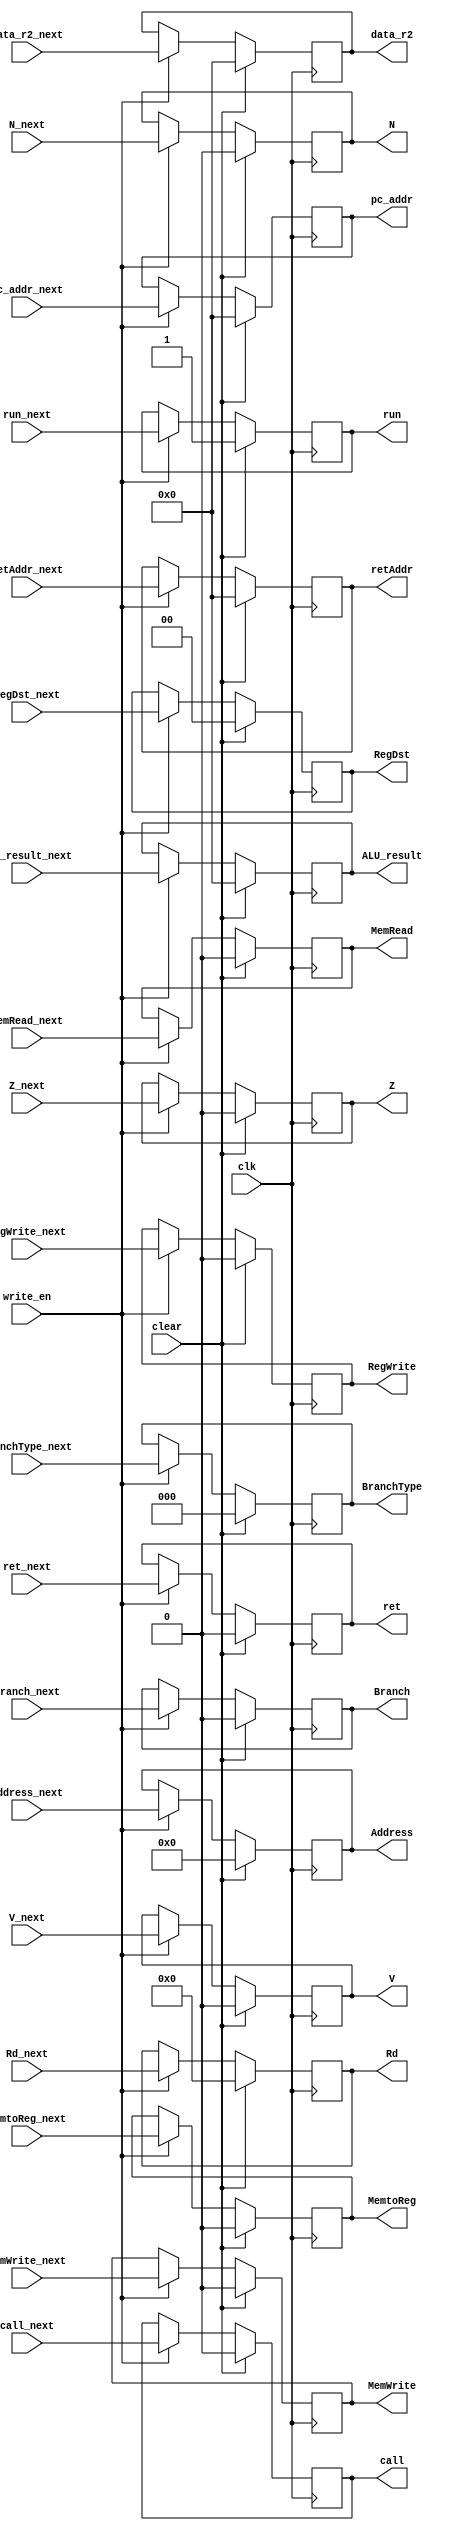
/*
* EX/MEM Register
*/

module ex_mem_register(clk, write_en, clear, RegDst_next, MemRead_next, MemWrite_next, MemtoReg_next, RegWrite_next, Branch_next, BranchType_next, run_next, call_next, ret_next, Rd_next, Address_next, retAddr_next, pc_addr_next, V_next, Z_next, N_next, ALU_result_next, data_r2_next, RegDst, MemRead, MemWrite, MemtoReg, RegWrite, Branch, BranchType, Address,retAddr, pc_addr, V, N, Z, Rd, run, call, ret, ALU_result, data_r2);
    input clk, write_en, clear;
    // Control signals
    // For MEM phase
    input MemWrite_next, MemRead_next;
    output reg MemWrite, MemRead;
    // For address calculation (in MEM phase)
    input Branch_next, call_next, ret_next;
    output reg Branch, call, ret;
    input[2:0] BranchType_next;
    output reg[2:0] BranchType;
    input[11:0] Address_next;
    output reg[11:0] Address;
    input[15:0] retAddr_next, pc_addr_next;
    output reg[15:0] retAddr, pc_addr;
    input V_next, Z_next, N_next;
    output reg V,Z,N;
    // For WB phase
    input[1:0] RegDst_next;
    input MemtoReg_next, RegWrite_next, run_next;
    output reg[1:0] RegDst;
    output reg MemtoReg, RegWrite, run;

    // Data
    input[3:0] Rd_next;
    output reg[3:0] Rd;
    input[15:0] ALU_result_next, data_r2_next/*the Rt of SW*/;
    output reg[15:0] ALU_result, data_r2;
    

    always @(posedge clk) begin
        if (clear) begin
            MemWrite <= 0;
            MemRead <= 0;
       
            Branch <= 0;
            BranchType <= 0;
            call <= 0;
            ret <= 0;
            Address <= 0;
            retAddr <= 0;
            pc_addr <= 0;
            V <= 0;
            Z <= 0;
            N <= 0;
        
            MemtoReg <= 0;
            RegWrite <= 0;
            run <= 1;
            RegDst <= 0;

            Rd <= 0;
            ALU_result <= 0;
            data_r2 <= 0;
        end      
        else if (write_en) begin
            MemWrite <= MemWrite_next;
            MemRead <= MemRead_next;
       
            Branch <= Branch_next;
            BranchType <= BranchType_next;
            call <= call_next;
            ret <= ret_next;
            Address <= Address_next;
            retAddr <= retAddr_next;
            pc_addr <= pc_addr_next;
            V <= V_next;
            Z <= Z_next;
            N <= N_next;
        
            MemtoReg <= MemtoReg_next;
            RegWrite <= RegWrite_next;
            run <= run_next;
            RegDst <= RegDst_next;

            Rd <= Rd_next;
            ALU_result <= ALU_result_next;
            data_r2 <= data_r2_next;
        end
    end

endmodule